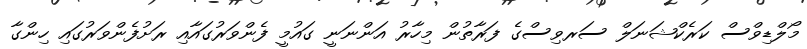
މޯލްޑިވްސް ކަރެކްޝަނަލް ސަރވިސްގެ ފަރާތުން މިހާރު އަންނަނީ ގައުމީ ފެންވަރުގައާއި ރަށުފެންވަރުގައި ހިންގާ